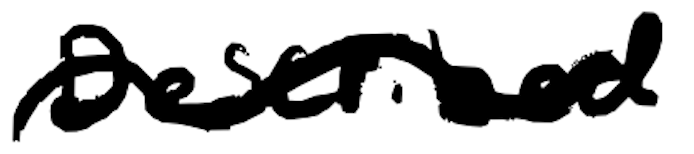
Text: Described
Cross-out: wave
Writing tool: digital_black